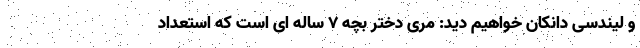
و لیندسی دانکان خواهیم دید: مری دختر بچه ۷ ساله ای است که استعداد